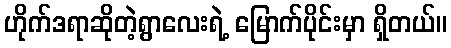
ဟိုက်ဒရာဆိုတဲ့ရွာလေးရဲ့ မြောက်ပိုင်းမှာ ရှိတယ်။